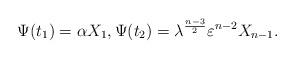
LaTeX: \begin{align*}\Psi(t_1) = \alpha X_1,\Psi(t_2)=\lambda^{\frac{n-3}{2}}\varepsilon^{n-2} X_{n-1}. \end{align*}